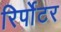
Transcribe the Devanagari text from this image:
रिर्पोटर